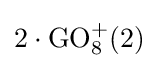
2\cdot \operatorname {GO} _{8}^{+}(2)